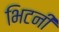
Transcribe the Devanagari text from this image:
भिटनी